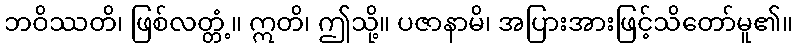
ဘဝိဿတိ၊ ဖြစ်လတ္တံ့။ ဣတိ၊ ဤသို့။ ပဇာနာမိ၊ အပြားအားဖြင့်သိတော်မူ၏။